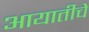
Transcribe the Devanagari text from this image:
आयातीचे